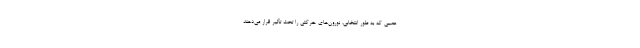
عصبی که به‌ طور انتخابی، نورون‌های حرکتی را تحت تأثیر قرار می‌دهند